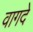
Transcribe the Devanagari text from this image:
वागदे